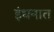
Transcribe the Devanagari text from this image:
इंधनात